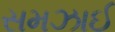
સમઝાઈ